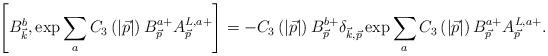
LaTeX: \begin{align*}\left[ B_{\vec{k}}^b,\exp \sum\limits_aC_3\left(\left|\vec{p}\right| \right) B_{\vec{p}}^{a+}A_{\vec{p}}^{L,a+}\right]=-C_3\left(\left| \vec{p} \right| \right) B_{\vec{p}}^{b+}\delta_{\vec{k},\vec{p}}\exp \sum\limits_aC_3\left(\left| \vec{p}\right|\right) B_{\vec{p}}^{a+}A_{\vec{ p}}^{L,a+}. \end{align*}